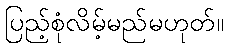
ပြည့်စုံလိမ့်မည်မဟုတ်။